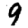
Digit: 9